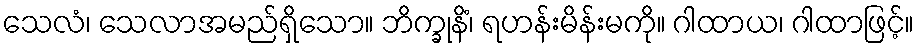
သေလံ၊ သေလာအမည်ရှိသော။ ဘိက္ခုနိံ၊ ရဟန်းမိန်းမကို။ ဂါထာယ၊ ဂါထာဖြင့်။